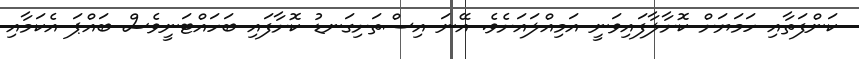
ކަންފަތާއި ހަމަޔަށް ކޮށާލާފައިވަނީ އަމިއްލައަށެވެ. އޭނަ އިސްތަށިގަނޑު ކޮށާފައި ބަހައްޓަނީވެސް ބައްޕަ އެކަމާއި